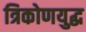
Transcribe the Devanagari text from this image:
त्रिकोणयुद्ध